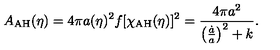
A _ { \mathrm { A H } } ( \eta ) = 4 \pi a ( \eta ) ^ { 2 } f [ \chi _ { \mathrm { A H } } ( \eta ) ] ^ { 2 } = { \frac { 4 \pi a ^ { 2 } } { \left( { \frac { \dot { a } } { a } } \right) ^ { 2 } + k } } .